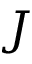
J